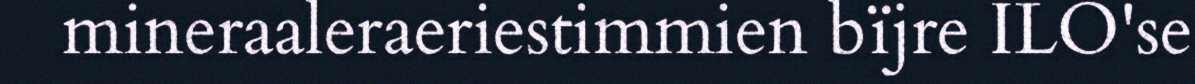
mineraaleraeriestimmien bïjre ILO'se